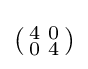
\left({\begin{smallmatrix}4&0\\0&4\\\end{smallmatrix}}\right)